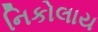
નિકોલાય